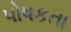
પોષકતા